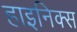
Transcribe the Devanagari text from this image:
हाइनिक्स